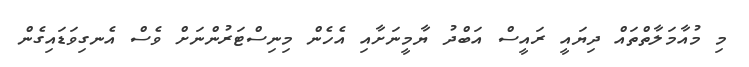
މި މުއާމަލާތްތައް ދިޔައީ ރައީސް އަބްދު ޔާމީނަށާއި އެހެން މިނިސްޓަރުންނަށް ވެސް އެނގިވަޑައިގެން